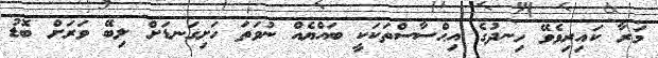
މަރާ ކައިރިވެވޭ ހިނދުގެ އިޙްސާސްތަކަކީ ބައްޔެއް ނުވަތަ ހަށިގަނޑަށް ލިބޭ ވަރަށް ބޮޑު